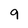
Character: 9